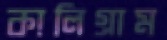
কালিগ্রাম